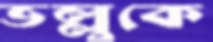
ভল্লুকে